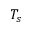
T _ { s }